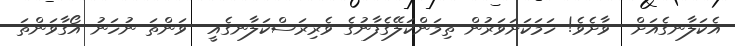
އެކަލާނގެއަށް  ވާށެވެ! ހަމަކަށަވަރުން ތިމަންކަލޭގެފާނުގެ ވެރިރަސްކަލާނގެއީ  ވަންތަ ނުހަނު އޯގާވަންތަ